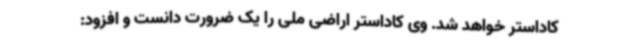
کاداستر خواهد شد. وی کاداستر اراضی ملی را یک ضرورت دانست و افزود: